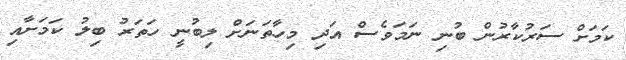
ކަމަށް ސަރުކާރުން ބުނި ނަމަވެސް އަދި މިހާތަނަށް ލިބުނީ ހަަތަރު ބިލު ކަމަށާއި